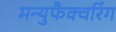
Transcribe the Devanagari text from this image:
मन्युफैक्चरिंग